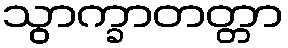
သွာက္ခာတတ္တာ